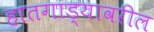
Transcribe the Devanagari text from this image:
हातगाड्यावरील